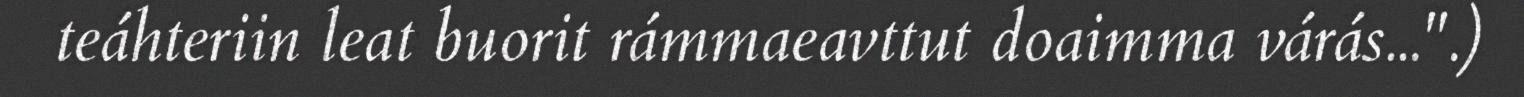
teáhteriin leat buorit rámmaeavttut doaimma várás...".)